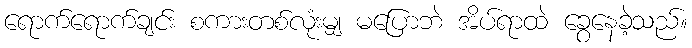
ရောက်ရောက်ချင်း စကားတစ်လုံးမျှ မပြောဘဲ အိပ်ရာထဲ ခွေနေခဲ့သည်။